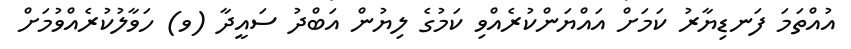
އުއްތަމަ ފަނޑިޔާރު ކަމަށް އައްޔަންކުރެއްވި ކަމުގެ ލިޔުން އަބްދު ސައީދާ (ވ) ހަވާލުކުރެއްވުމަށް